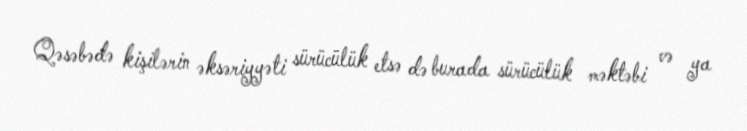
Qəsəbədə kişilərin əksəriyyəti sürücülük etsə də burada sürücülük məktəbi və ya